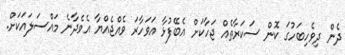
ދެން ދިވެހިބަހުގަ ކޮން ސަކަރާތެއް ޖަހާކަށް އެބޭފުޅާ އަވަހާރަ ވެއްޖެއްޔާ އެވެދާނެ މައްސަލައަކަށް.